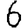
Digit: 6